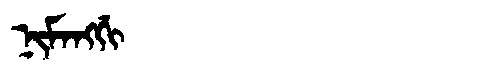
Manchu: ᠨᡳᠮᠠᠩᡤᡳ
Romanization: NIMANGGI